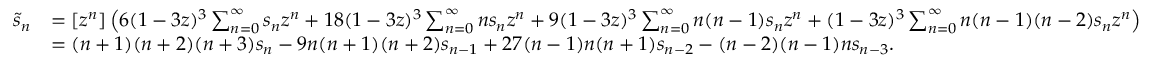
{ \begin{array} { r l } { { \tilde { s } } _ { n } } & { = [ z ^ { n } ] \left( 6 ( 1 - 3 z ) ^ { 3 } \sum _ { n = 0 } ^ { \infty } s _ { n } z ^ { n } + 1 8 ( 1 - 3 z ) ^ { 3 } \sum _ { n = 0 } ^ { \infty } n s _ { n } z ^ { n } + 9 ( 1 - 3 z ) ^ { 3 } \sum _ { n = 0 } ^ { \infty } n ( n - 1 ) s _ { n } z ^ { n } + ( 1 - 3 z ) ^ { 3 } \sum _ { n = 0 } ^ { \infty } n ( n - 1 ) ( n - 2 ) s _ { n } z ^ { n } \right) } \\ & { = ( n + 1 ) ( n + 2 ) ( n + 3 ) s _ { n } - 9 n ( n + 1 ) ( n + 2 ) s _ { n - 1 } + 2 7 ( n - 1 ) n ( n + 1 ) s _ { n - 2 } - ( n - 2 ) ( n - 1 ) n s _ { n - 3 } . } \end{array} }